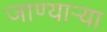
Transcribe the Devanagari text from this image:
जाण्यार्‍या